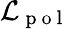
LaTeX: {\cal L}_{\mathrm{~p~o~l~}}